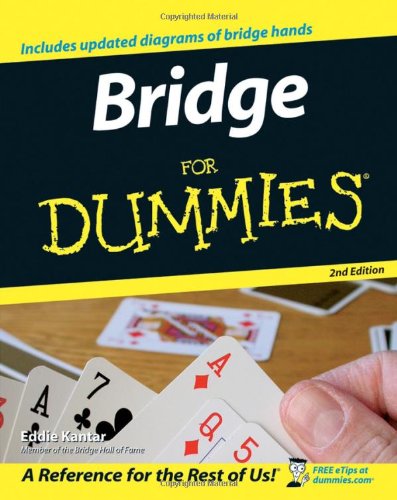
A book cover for Bridge For Dummies; Eddie Kantar; Humor & Entertainment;